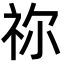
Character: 祢